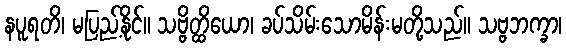
နပူရတိ၊ မပြည့်နိုင်။ သဗ္ဗိတ္ထိယော၊ ခပ်သိမ်းသောမိန်းမတို့သည်။ သဗ္ဗဘက္ခာ၊